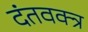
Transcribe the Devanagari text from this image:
दंतवक्त्र